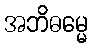
အဘိဓမ္မေ